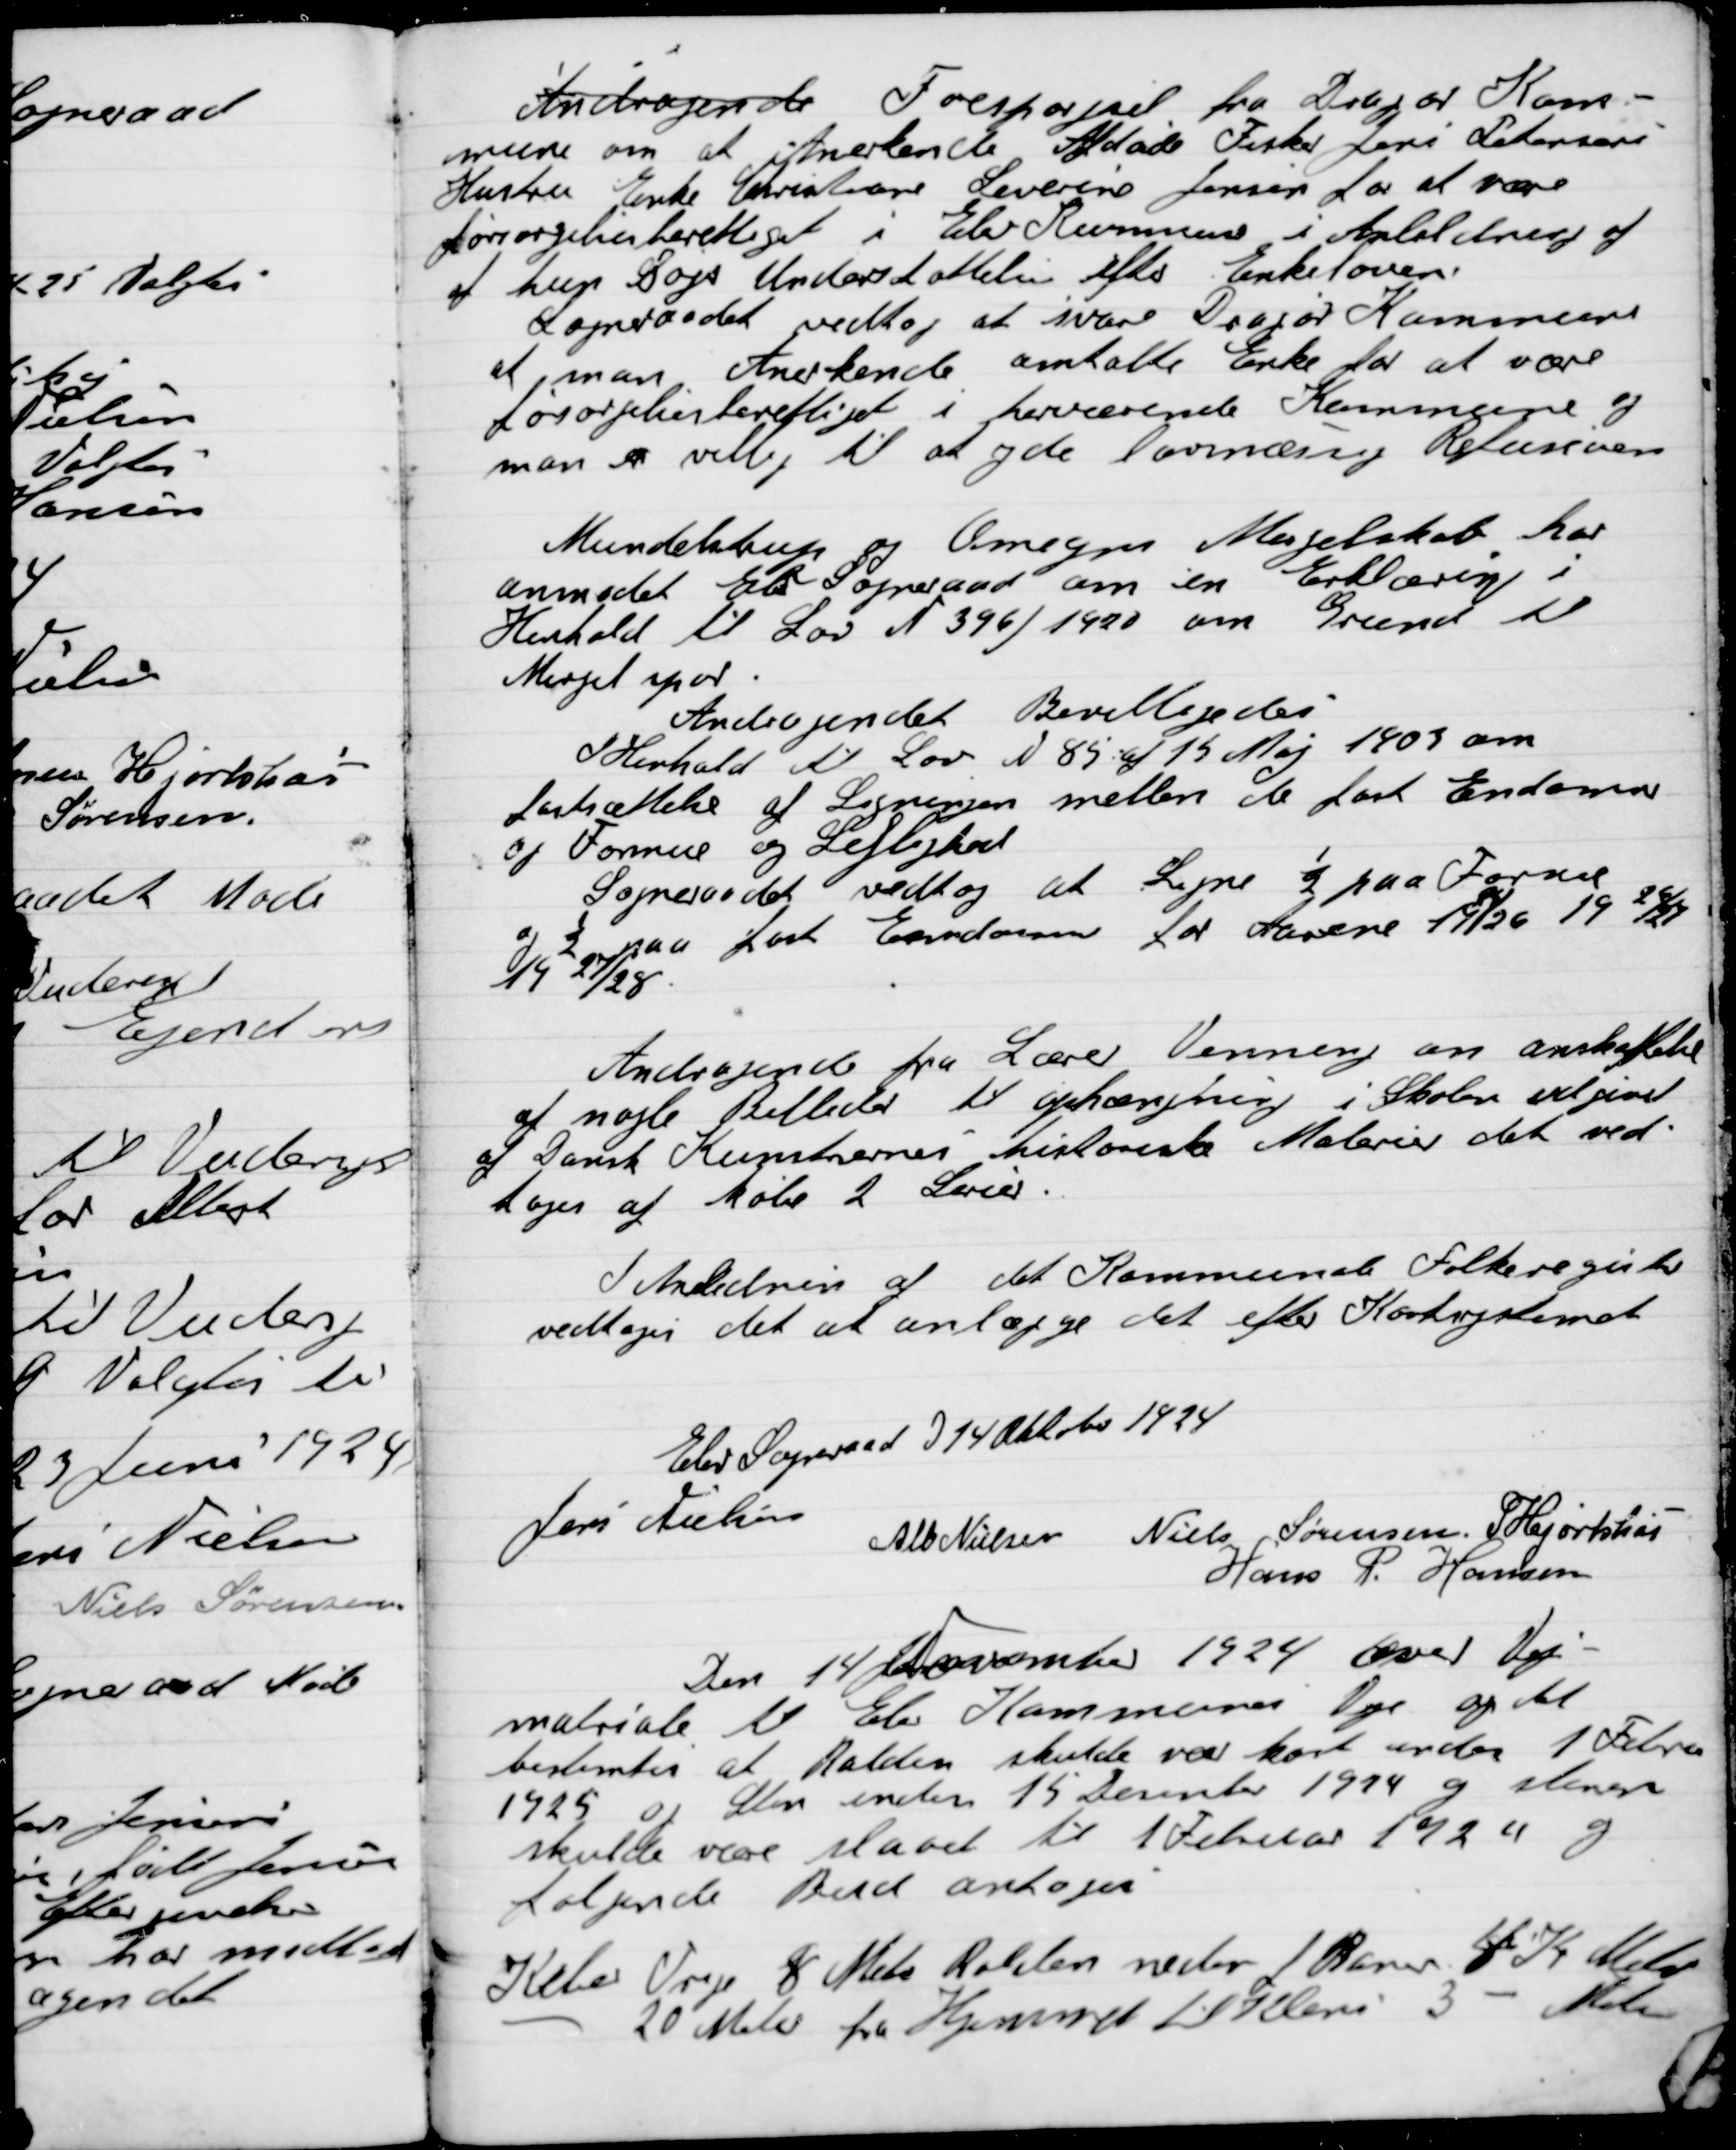
Transskription:
Andragende Forespørgsel fra Dragør Kom-
munen om at Anerkende Afdøde Fisker Jens Petersens
Hustru Enke Christiane Severine Jensen for at være
forsørgelsesberettiget i Elev Kommune i Anledning af
Hun Søger Understøttelse efter  Enkeloven.
Sogneraadet vedtog at svare Dragør Kommune
at man Anerkender omtalte Enke for at være
forsørgelsesberettiget i herværende Kommune og
man er villig til at yde lovmæssig Refusion.

Mundelstrup og Omegn Mergelselskab har
Anmodet Elev Sogneraad om en Erklæring i
Henholdt til Lov Nr. 396 / 1920 om Grund til
Mergel spor.
Andragendet Bevilgedes.

I Henhold til Lov Nr. 85 af 15 Maj 1903 om
fastsættelse af Ligning mellem de fast Ejendom
og Formue og Lejlighed.
Sogneraadet vedtog at Ligne ½ paa Formue
og ½ paa fast Ejendom for Aarene 1925/26, 1926/27
1927/28.

Andragende fra Lærer Vemming om anskaffelse
af nogle Billeder til ophængning i Skolen udgivet
af Dansk kunstneres historiske Malerier det ved-
tages af købe 2 Serier.

I Anledning af det Kommunale Folkeregister
Vedtoges det at anlægge det efter Kortregisteret

Elev Sogneraad D. 14 Oktober 1924

Jens Nielsen
Alb. Nielsen
Niels Sørensen
S. Hjortshøj
Hans P. Hansen

Den 14 November 1924 over vej-
Materiale til Elev Kommunes Veje og det
Bestemtes at Ralden skulde være kørt inden 1. Februar
1925 og Sten inden 15 december 1924 og stenene
skulde være slaaet til 1. Februar 1924 og
følgende Bud antages

Kelev Veje 8 Meter Ralden neder 1 Favn 4 Kr. Meter
- 20 Meter fra Hjemmet til Kleri 3 - Meter